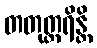
တတုတ္တရိန္တိ